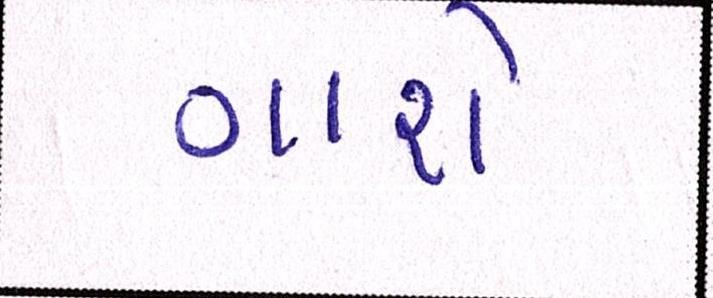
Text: ગાશે